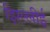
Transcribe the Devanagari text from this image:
झिल्लीई